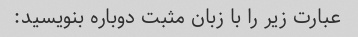
عبارت زیر را با زبان مثبت دوباره بنویسید: